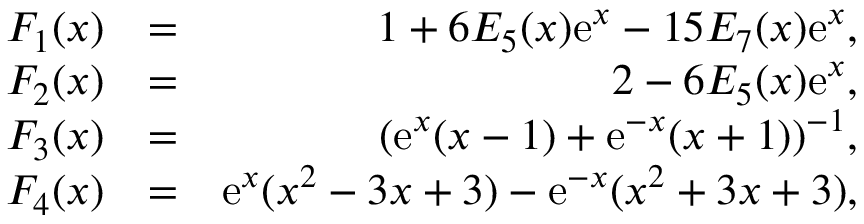
\begin{array} { r l r } { F _ { 1 } ( x ) } & { = } & { 1 + 6 E _ { 5 } ( x ) \mathrm { e } ^ { x } - 1 5 E _ { 7 } ( x ) \mathrm { e } ^ { x } , } \\ { F _ { 2 } ( x ) } & { = } & { 2 - 6 E _ { 5 } ( x ) \mathrm { e } ^ { x } , } \\ { F _ { 3 } ( x ) } & { = } & { ( \mathrm { e } ^ { x } ( x - 1 ) + \mathrm { e } ^ { - x } ( x + 1 ) ) ^ { - 1 } , } \\ { F _ { 4 } ( x ) } & { = } & { \mathrm { e } ^ { x } ( x ^ { 2 } - 3 x + 3 ) - \mathrm { e } ^ { - x } ( x ^ { 2 } + 3 x + 3 ) , } \end{array}